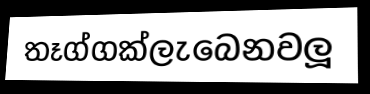
තෑග්ගක්ලැබෙනවලූ